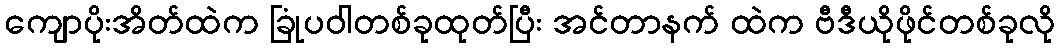
ကျောပိုးအိတ်ထဲက ခြုံပဝါတစ်ခုထုတ်ပြီး အင်တာနက် ထဲက ဗီဒီယိုဖိုင်တစ်ခုလို